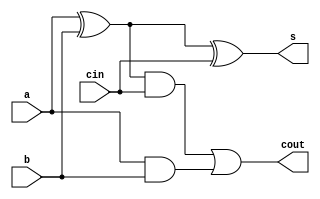
module full_adder(s, cout, a, b, cin);

input a,b,cin;
output s,cout;
wire w1, w2, w3;

//Both Circuits
xor(w1, a, b);

// Summation circuit
xor(s, w1, cin);

// carry-out circuit
or(cout, w2, w3);
and(w2, w1, cin);
and(w3, a, b);

endmodule